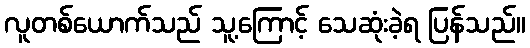
လူတစ်ယောက်သည် သူ့ကြောင့် သေဆုံးခဲ့ရ ပြန်သည်။